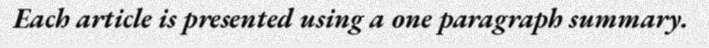
Each article is presented using a one paragraph summary.